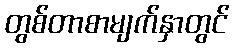
တွစ်တာစာမျက်နှာတွင်